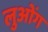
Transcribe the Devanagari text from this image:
लुओंग